Vaccination in the Punjab 1919-1929 - 1919-1929
Year: 1919
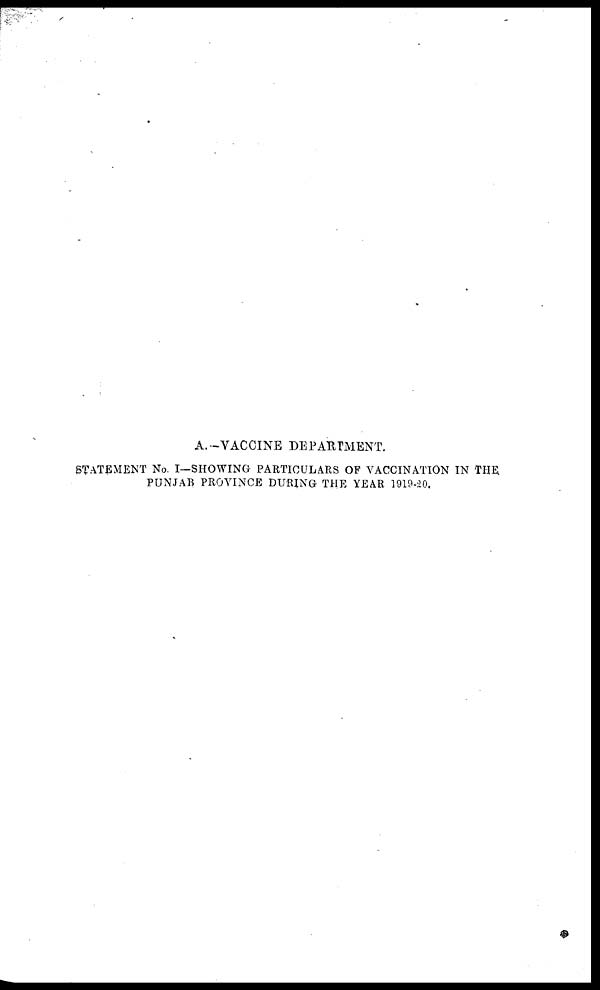
A.-VACCINE DEPARTMENT.
STATEMENT No. I—SHOWING PARTICULARS OF VACCINATION IN THE
PUNJAB PROVINCE DURING THE YEAR 1919-20.